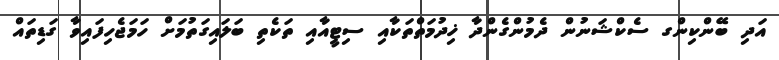
އަދި ބޭންކިންގ ސެކްޝަނުން ދެމުންގެންދާ ޚިދުމަތްތަކާއި ސިޓީއާއި ތަކެތި ބަލައިގަތުމަށް ހަމަޖެހިފައިވާ ގަޑިތައް